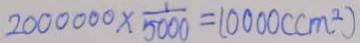
2 0 0 0 0 0 0 \times \frac { 1 } { 5 0 0 0 } = 1 0 0 0 0 ( c m ^ { 2 } )